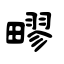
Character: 疁